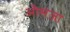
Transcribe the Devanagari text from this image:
औसजा